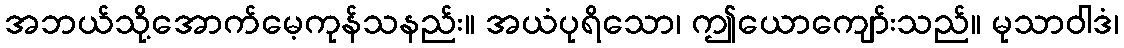
အဘယ်သို့အောက်မေ့ကုန်သနည်း။ အယံပုရိသော၊ ဤယောကျော်းသည်။ မုသာဝါဒံ၊